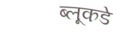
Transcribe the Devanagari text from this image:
ब्लूकडे